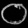
Digit: ၀